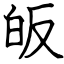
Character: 皈